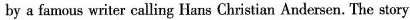
by a famous writer calling Hans Christian Andersen. The story